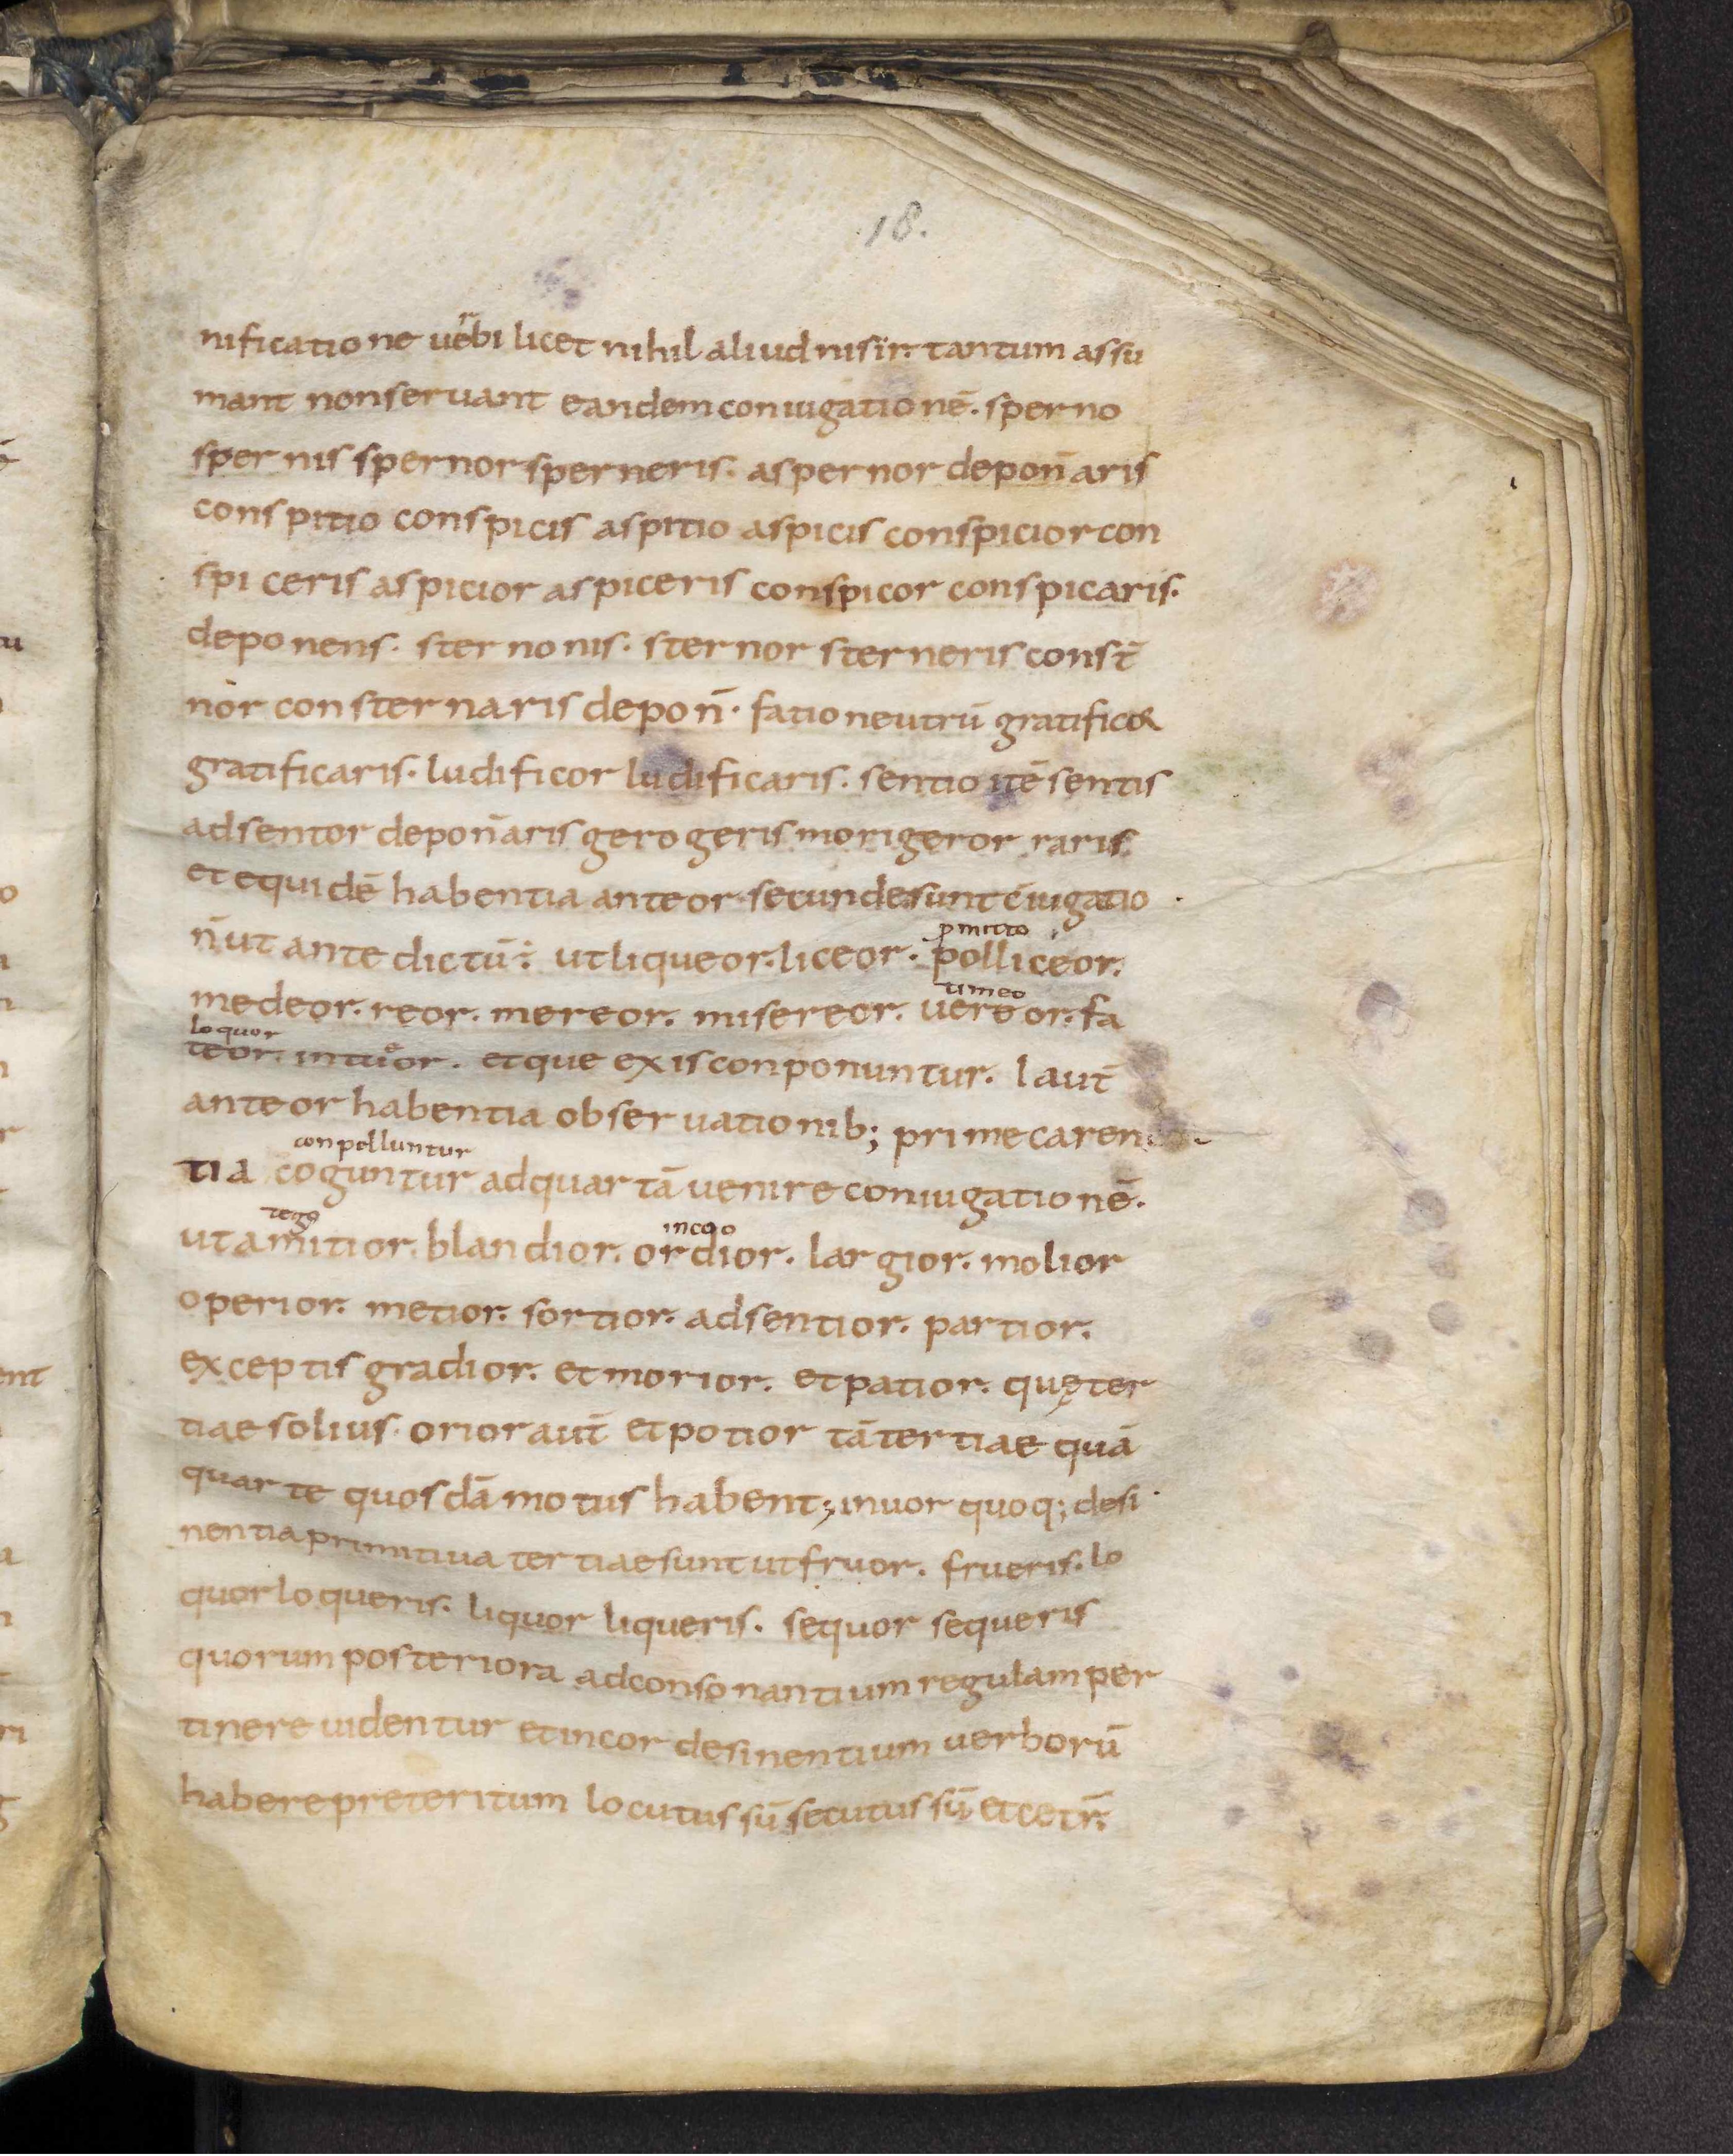
Shelfmark: Leiden, Bibliotheek der Rijksuniversiteit, Voss. Lat. O 41
Century: 9